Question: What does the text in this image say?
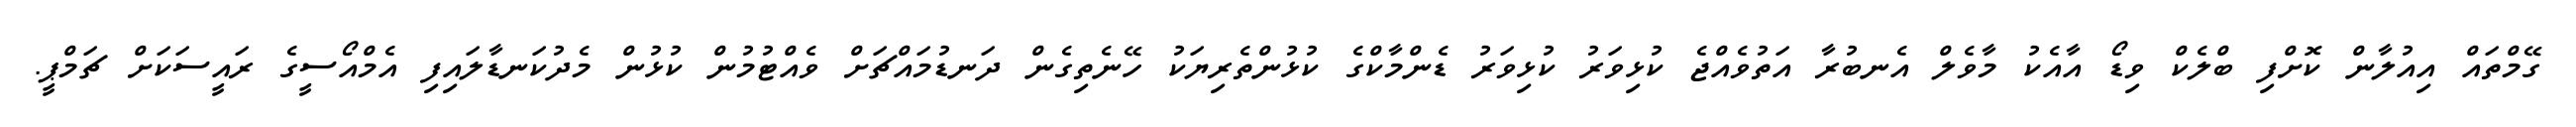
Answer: ގޭމްތައް އިއުލާން ކޮށްފި ބްލެކް ވިޑޯ އާއެކު މާވެލް އެނބުރާ އަތުވެއްޖެ ކުޅިވަރު ކުޅިވަރު ޑެންމާކްގެ ކުޅުންތެރިޔަކު ހޭނެތިގެން ދަނޑުމައްޗަށް ވެއްޓުމުން ކުޅުން މެދުކަނޑާލައިފި އެމްއޯސީގެ ރައީސަކަށް ޗަމްޕީ.